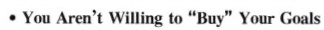
∙You Aren't Willing to "Buy"Your Goals